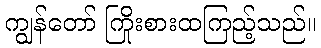
ကျွန်တော် ကြိုးစားထကြည့်သည်။